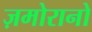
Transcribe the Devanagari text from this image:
ज़मोरानो